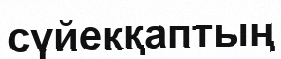
сүйекқаптың